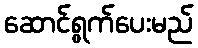
ဆောင်ရွက်ပေးမည်